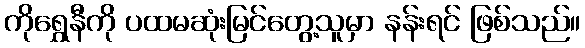
ကိုရွှေနီကို ပထမဆုံးမြင်တွေ့သူမှာ နန်းရင် ဖြစ်သည်။